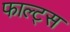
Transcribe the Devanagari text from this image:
फाल्ट्स